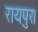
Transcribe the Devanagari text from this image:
रायपुर।